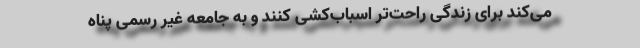
می‌کند برای زندگی راحت‌تر اسباب‌کشی کنند و به جامعه غیر رسمی پناه